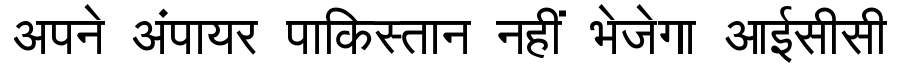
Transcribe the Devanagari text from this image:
अपने अंपायर पाकिस्तान नहीं भेजेगा आईसीसी